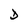
Character: D